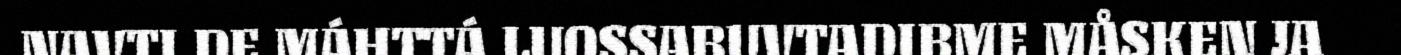
NAVTI DE MÁHTTÁ LUOSSABUVTADIBME MÅSKEN JA